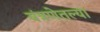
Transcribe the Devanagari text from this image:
यंत्रणेतल्या